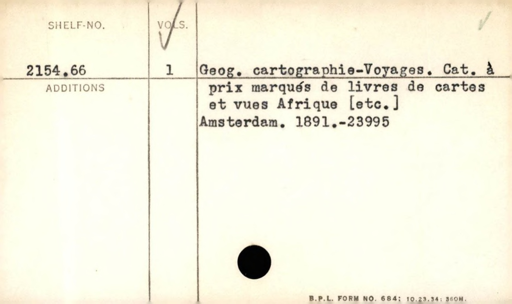
Label: content